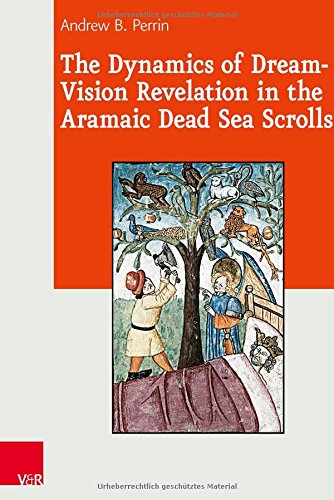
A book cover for The Dynamics of Dream-Vision Revelation in the Aramaic Dead Sea Scrolls (Journal of Ancient Judaism: Supplements); Andrew B. Perrin; Christian Books & Bibles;